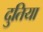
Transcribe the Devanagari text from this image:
दुतिया